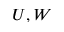
U , W